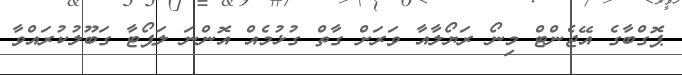
ޕޮގްބާގެ އޭޖެންޓް މިނޯ ރަޔޯލާއާ ވަރަށް ގާތް ގުޅުމެއް އޮންނަ ލަޕޯޓާ ގަބޫލުކުރައްވާ